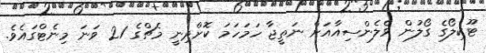
ޓޫކިލޯގެ ގޯލުން ވެލެންސިއާއަށް ނަތީޖާ ހަމަހަމަ ކޮށްދިނީ މެޗްގެ 21 ވަނަ މިނެޓްގައެވެ.